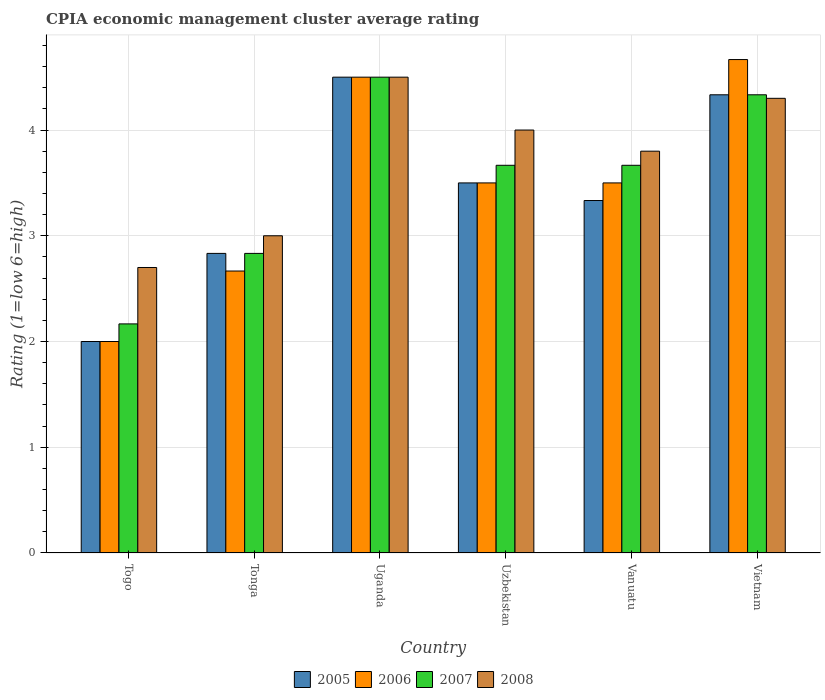
| Country | 2005 | 2006 | 2007 | 2008 |
 | --- | --- | --- | --- | --- |
 | Togo | 2 | 2 | 2.17 | 2.7 |
 | Tonga | 2.83 | 2.67 | 2.83 | 3 |
 | Uganda | 4.5 | 4.5 | 4.5 | 4.5 |
 | Uzbekistan | 3.5 | 3.5 | 3.67 | 4 |
 | Vanuatu | 3.33 | 3.5 | 3.67 | 3.8 |
 | Vietnam | 4.33 | 4.67 | 4.33 | 4.3 |